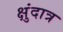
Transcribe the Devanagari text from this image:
क्षुंदात्र